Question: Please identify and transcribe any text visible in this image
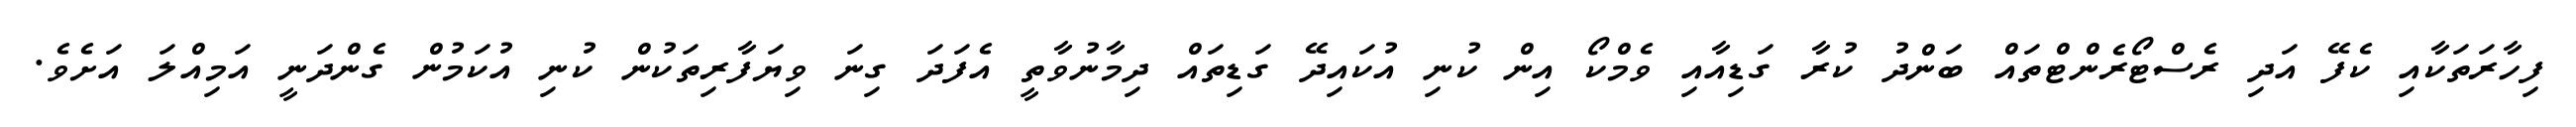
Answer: ފިހާރަތަކާއި ކެފޭ އަދި ރެސްޓޯރެންޓްތައް ބަންދު ކުރާ ގަޑިއާއި ވެމްކޯ އިން ކުނި އުކައިދޭ ގަޑިތައް ދިމާނުވާތީ އެފަދަ ގިނަ ވިޔަފާރިތަކުން ކުނި އުކަމުން ގެންދަނީ އަމިއްލަ އަށެވެ.